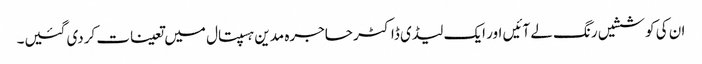
ان کی کوششیں رنگ لے آئیں اور ایک لیڈی ڈاکٹر حاجرہ مدین ہسپتال میں تعینات کردی گئیں۔